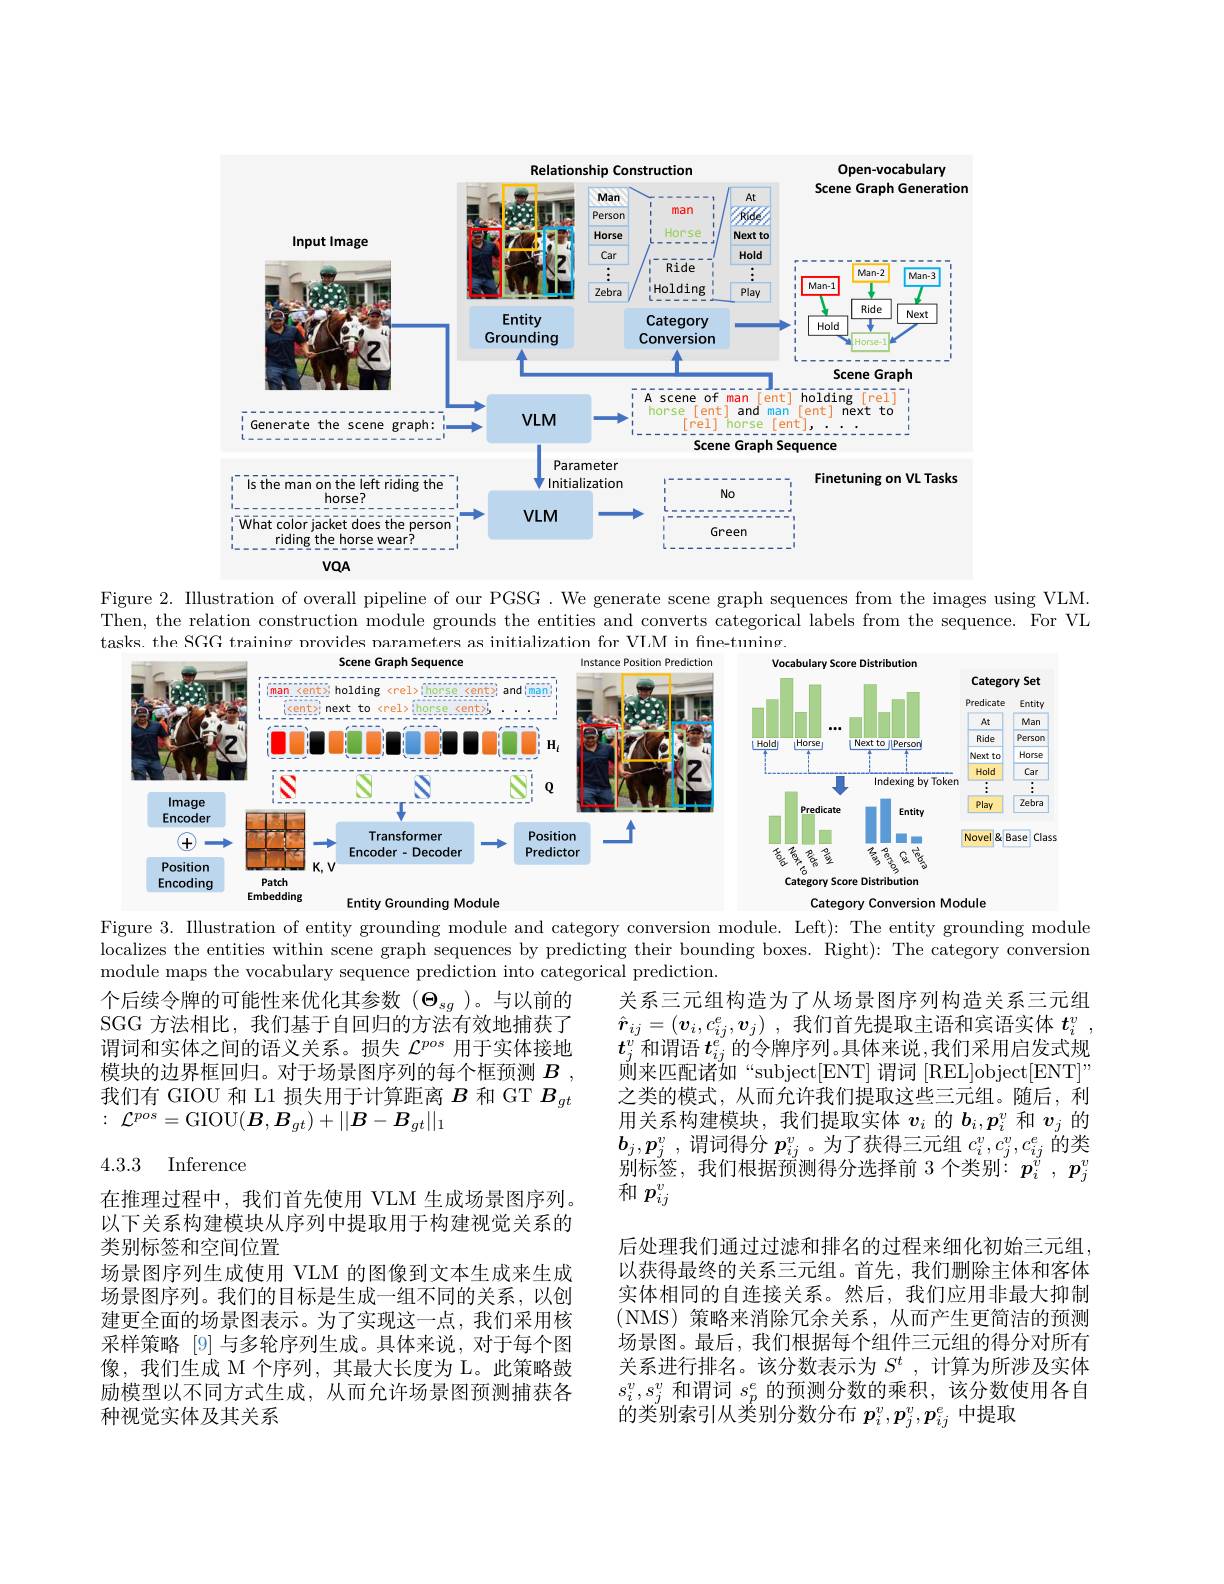
<FigureHere>

Figure 2. Illustration of overall pipeline of our PGSG. We generate scene graph sequences from the images using VLM. Then, the relation construction module grounds the entities and converts categorical labels from the sequence. For VL tasks. the SGG training nrovides narameters as initialization for VI,M in fine-tuning.

<FigureHere>

Figure 3. Illustration of entity grounding module and category conversion module. Left): The entity grounding module localizes the entities within scene graph sequences by predicting their bounding boxes. Right): The category conversion module maps the vocabulary sequence prediction into categorical prediction.

个后续令牌的可能性来优化其参数($\Theta_{sg}$)。与以前的SGG 方法相比，我们基于自回归的方法有效地捕获了谓词和实体之间的语义关系。损失$\mathcal{L}^{pos}$用于实体接地模块的边界框回归。对于场景图序列的每个框预测$B$ , 我们有 GIOU 和 L1 损失用于计算距离$B$和 GT $B_{gt}$ : ${\mathcal{L} }^{pos}=$GIOU$(\boldsymbol{B},\boldsymbol{B}_{gt})+||B-B_{gt}||_{1}$

关系三元组构造为了从场景图序列构造关系三元组$\hat{\boldsymbol{r}} _{ij}= ( \boldsymbol{v}_i, c_{ij}^e, \boldsymbol{v}_j)$ ,我们首先提取主语和宾语实体$t_i^v$ $t_j^v$和谓语$t_ij^e$的令牌序列。具体来说，我们采用启发式规则来匹配诸如“subject[ENT]谓词[REL]object[ENT]” 之类的模式，从而允许我们提取这些三元组。随后，利用关系构建模块，我们提取实体$v_i$的$b_i,p_i^v$和$v_j$的$\boldsymbol{b}_j, \boldsymbol{p}_j^v$ ,谓词得分$p_ij^v$。为了获得三元组$c_i^v,c_j^v,c_{ij}^e$的类别标签，我们根据预测得分选择前 3 个类别：$p_i^v,p_j^v$ 和$p_{ij}^v$

4.3.3 Inference

后处理我们通过过滤和排名的过程来细化初始三元组， 以获得最终的关系三元组。首先，我们删除主体和客体实体相同的自连接关系。然后，我们应用非最大抑制(NMS)策略来消除冗余关系，从而产生更简洁的预测场景图。最后，我们根据每个组件三元组的得分对所有关系进行排名。该分数表示为$S^t$,计算为所涉及实体$s_i^v,s_j^v$和谓词$s_p^e$的预测分数的乘积，该分数使用各自的类别索引从类别分数分布$p_i^v,p_j^v,p_{ij}^e$中提取

在推理过程中，我们首先使用 VLM 生成场景图序列。以下关系构建模块从序列中提取用于构建视觉关系的类别标签和空间位置
场景图序列生成使用 VLM 的图像到文本生成来生成场景图序列。我们的目标是生成一组不同的关系，以创建更全面的场景图表示。为了实现这一点，我们采用核采样策略 [9] 与多轮序列生成。具体来说，对于每个图像，我们生成 M 个序列，其最大长度为 L。此策略鼓励模型以不同方式生成，从而允许场景图预测捕获各种视觉实体及其关系